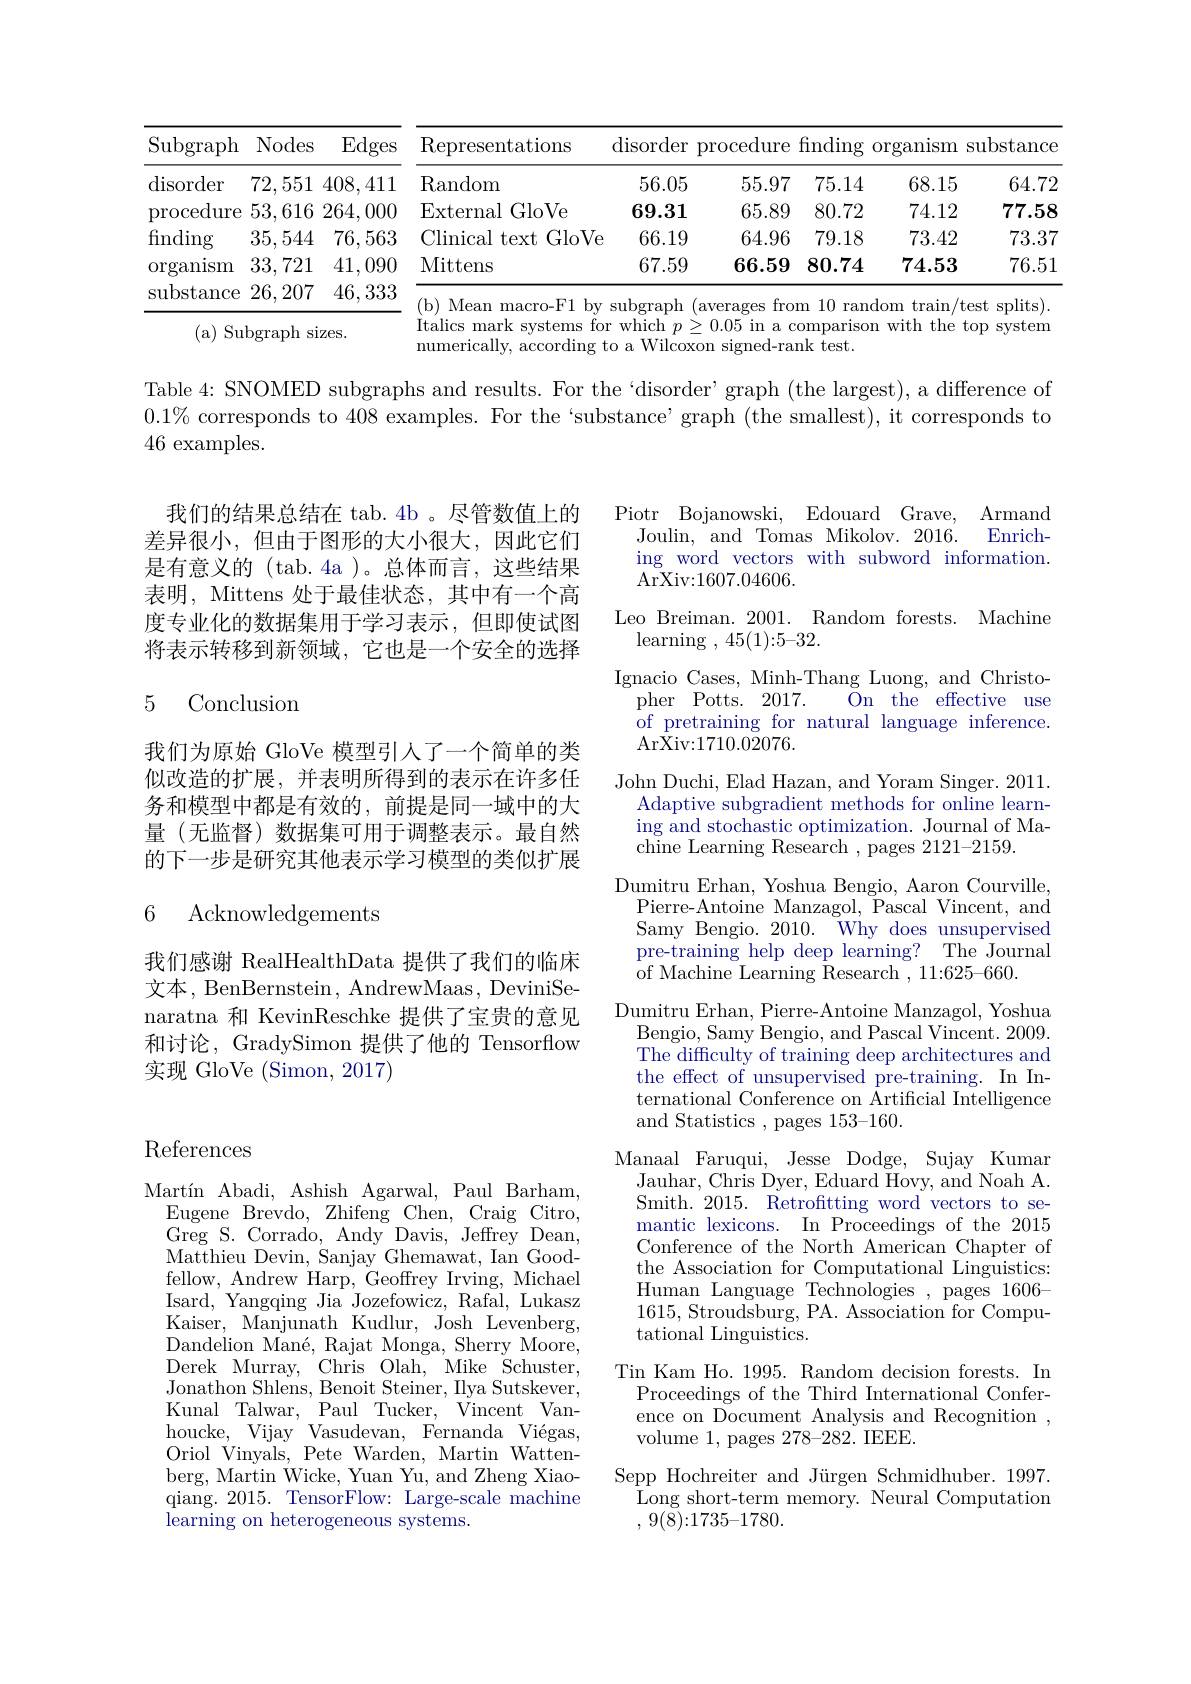
<table>
	<tbody>
		<tr>
			<th>$\operatorname{Subgraph}$</th>
			<th>Nodes</th>
			<th>Edges</th>
			<th>Representations</th>
			<th>$\operatorname{disorder}$</th>
			<th>procedure</th>
			<th>finding</th>
			<th>$\operatorname{organlsm}$</th>
			<th>substance</th>
		</tr>
		<tr>
			<td>disorder</td>
			<td>72,551</td>
			<td>408,411</td>
			<td>Random</td>
			<td>56.05</td>
			<td>55.97</td>
			<td>75.14</td>
			<td>68.15</td>
			<td>64.72</td>
		</tr>
		<tr>
			<td>procedure</td>
			<td>53,616</td>
			<td>264,000</td>
			<td>External GloVe</td>
			<td>69.31</td>
			<td>65.89</td>
			<td>80.72</td>
			<td>74.12</td>
			<td>77.58</td>
		</tr>
		<tr>
			<td>finding</td>
			<td>35,544</td>
			<td>76,563</td>
			<td>Clinical text GloVe</td>
			<td>66.19</td>
			<td>64.96</td>
			<td>79.18</td>
			<td>73.42</td>
			<td>73.37</td>
		</tr>
		<tr>
			<td>organism</td>
			<td>33,721 </td>
			<td>41,090</td>
			<td>Mittens</td>
			<td>67.59</td>
			<td>66.59</td>
			<td>$\boldsymbol{80.74}$</td>
			<td>74.53</td>
			<td>76.51</td>
		</tr>
	</tbody>
</table>
26,207
( b) Mean macro- F1 by subgraph ( averages from 10 random train/ test splits) .

Italics mark systems for which $p\geq0.05$ in a comparison with the top system
( a) Subgraph sizes.
numerically, according to a Wilcoxon signed-rank test.

Table 4: SNOMED subgraphs and results. For the‘disorder’graph (the largest), a difference of $0.1\%$ corresponds to 408 examples. For the `substance'graph (the smallest), it corresponds to 46 examples.

我们的结果总结在 tab.4b 。尽管数值上的差异很小，但由于图形的大小很大，因此它们是有意义的 (tab.4a )。总体而言，这些结果表明，Mittens 处于最佳状态，其中有一个高度专业化的数据集用于学习表示，但即使试图将表示转移到新领域，它也是一个安全的选择

### 5 Conclusion

我们为原始 GloVe 模型引人了一个简单的类似改造的扩展，并表明所得到的表示在许多任务和模型中都是有效的，前提是同一域中的大量(无监督)数据集可用于调整表示。最自然的下一步是研究其他表示学习模型的类似扩展

### 6 Acknowledgements

Piotr Bojanowski, Edouard Grave, Armand
Enrich-
Joulin, and Tomas Mikolov. 2016.
ing word vectors with subword information.
$\mathop{\mathrm{ArXiv:1607.04606.}}$
Leo Breiman. 2001. Random forests. Machine
${\text{learning },45(1):5-32.}$
Ignacio Cases, Minh-Thang Luong, and Christo-
pher Potts. 2017.
On the effective use
of pretraining for natural language inference.
ArXiv: 1710. 02076.
John Duchi, Elad Hazan, and Yoram Singer. 2011.
Adaptive subgradient methods for online learning and stochastic optimization. Journal of Machine Learning Research , pages 2121-2159.
Dumitru Erhan, Yoshua Bengio, Aaron Courville,
Pierre-Antoine Manzagol, Pascal Vincent, and Samy Bengio. 2010. Why does unsupervised pre-training help deep learning? The Journal ${\mathrm{~of~Machine~Learning~}}{\mathrm{~Research~,~11:625-660.}}$
Dumitru Erhan, Pierre-Antoine Manzagol, Yoshua
Bengio, Samy Bengio, and Pascal Vincent. 2009. The difficulty of training deep architectures and the effect of unsupervised pre-training. In International Conference on Artificial Intelligence and Statistics , pages 153-160.
Manaal Faruqui, Jesse Dodge, Sujay Kumar
Jauhar, Chris Dyer, Eduard Hovy, and Noah A. Smith. 2015. Retroftting word vectors to semantic lexicons. In Proceedings of the 2015 Conference of the North American Chapter of the Association for Computational Linguistics: $\begin{array}{cc}{\mathrm{Human~Language~Technologies~,~pages~1606-}}\\{\mathrm{Human~Language~Technologies~,~pages~1606-}}\\{\mathrm{PA}}\\{\mathrm{PA}}\\{\mathrm{PA}}\\{\mathrm{PA}}\\{\mathrm{PA}}\\{\mathrm{PA}}\\{\mathrm{PA}}\\{\mathrm{PA}}\\{\mathrm{PA}}\\{\mathrm{PA}}\\{\mathrm{PA}}\\{\mathrm{PA}}\\{\mathrm{PA}}\\{\mathrm{PA}}\\{\mathbf{PA}}\\{\mathrm{PA}}\\{\mathrm{PA}}\\{\mathrm{PA}}\\{\mathrm{PA}}\\{\mathrm{PA}}\\{\mathrm{PA}}\\{\mathrm{PA}}\\{\mathrm{}}\end{array}$ 1615,Stroudsburg, PA. Association for Computational Linguistics.
Tin Kam Ho. 1995. Random decision forests. In
Proceedings of the Third International Conference on Document Analysis and Recognition , volume 1,pages 278-282. IEEE.
Sepp Hochreiter and Jürgen Schmidhuber. 1997.
Long short-term memory. Neural Computation
, $9( \breve{8} ) {: }1735{- }1780.$

我们感谢 RealHealthData 提供了我们的临床文本，BenBernstein, AndrewMaas, DeviniSenaratna 和 KevinReschke 提供了宝贵的意见和讨论，GradySimon 提供了他的 Tensorflow 实现 GloVe (Simon, 2017)

# References

Martín Abadi, Ashish Agarwal, Paul Barham,
Eugene Brevdo, Zhifeng Chen, Craig Citro, $\bar{\mathrm{Greg~S.~Corrado,~Andy~Davis,~Jeffrey~Dean,}}$ Matthieu Devin, Sanjay Ghemawat, Ian Goodfellow, Andrew Harp, Geoffrey Irving, Michael Isard, Yangqing Jia Jozefowicz, Rafal, Lukasz Kaiser, Manjunath Kudlur, Josh Levenberg, Dandelion Mané, Rajat Monga, Sherry Moore, Derek Murray, Chris Olah, Mike Schuster, Jonathon Shlens, Benoit Steiner, IIya Sutskever, Kunal Talwar, Paul Tucker, Vincent Vanhoucke,Vijay Vasudevan, Fernanda Viégas, Oriol Vinyals, Pete Warden, Martin Wattenberg, Martin Wicke, Yuan Yu, and Zheng Xiaoqiang. 2015. TensorFlow: Large-scale machine learning on heterogeneous systems.